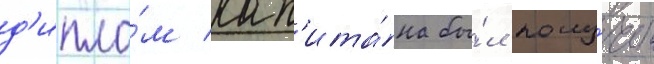
д'ипло́м кап'ита́на бы́л полу́чен